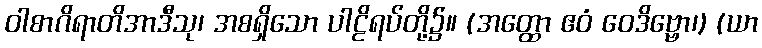
ဝါစာဂိရာတိအာဒီသု၊ အစရှိသော ပါဠိရပ်တို့၌။ (အတ္ထော ဧဝံ ဝေဒိဗ္ဗော၊) (ယာ